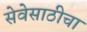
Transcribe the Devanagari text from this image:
सेवेसाठीचा